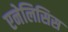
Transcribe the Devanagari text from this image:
एनेलिसिस